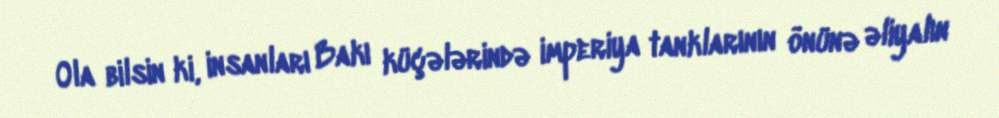
Ola bilsin ki, insanları Bakı küçələrində imperiya tanklarının önünə əliyalın